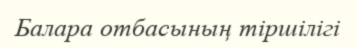
Балара отбасының тіршілігі